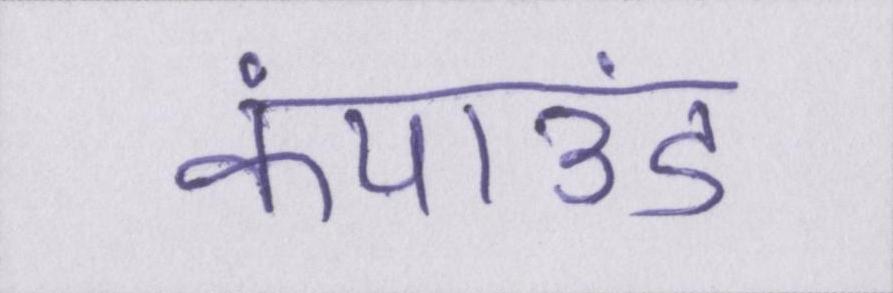
कंपाउंड